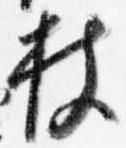
杖